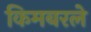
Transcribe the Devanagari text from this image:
किमबरले